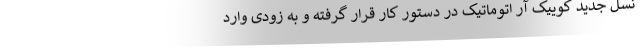
نسل جدید کوییک آر اتوماتیک در دستور کار قرار گرفته و به زودی وارد